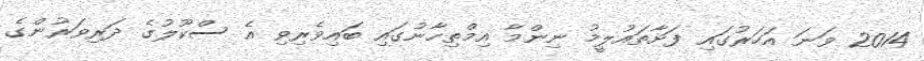
2014 ވަނަ އަހަރުގައި ފަށާތައުލީމު ނިންމާ އިމްތިހާނުގައި ބައިވެރިވި އެ ސްކޫލުގެ ދަރިވަރުންގެ